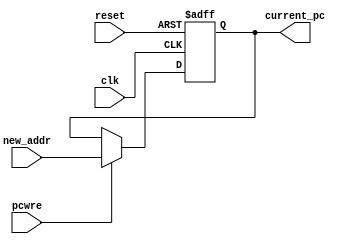
`timescale 1ns / 1ps
//////////////////////////////////////////////////////////////////////////////////
// Company: 
// Engineer: 
// 
// Design Name: 
// Module Name: pc
// Project Name: 
// Target Devices: 
// Tool Versions: 
// Description: 
// 
// Dependencies: 
// 
// Revision:
// Revision 0.01 - File Created
// Additional Comments:
// 
//////////////////////////////////////////////////////////////////////////////////


module pc(
input clk,
input reset,
input pcwre,
input [31:0] new_addr,
output reg [31:0] current_pc
    );
    initial begin
     current_pc = 0;
    end
    always@( posedge clk or negedge reset)
    begin
    if(reset==0) current_pc=0;
    
    else
        if(pcwre==1)
        begin
            current_pc=new_addr;
        end
    end
endmodule